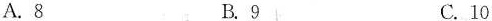
A.8 B.9 C.10